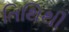
તિથિથી